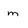
Character: m